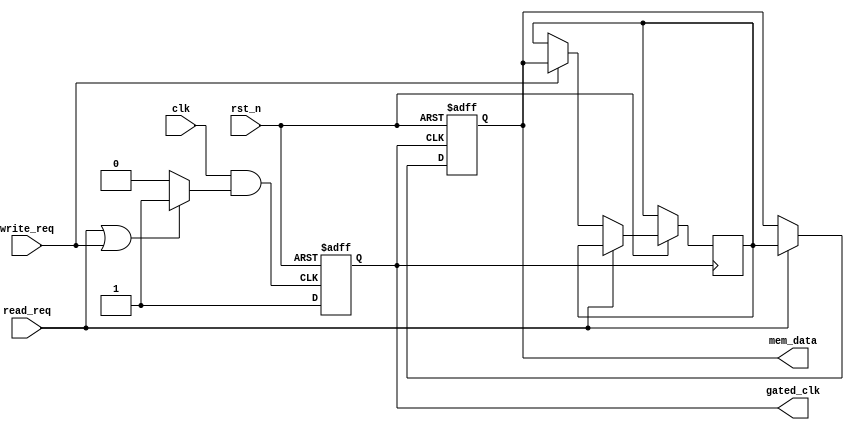
module dynamic_clock_gating (
    input wire clk,           // Master clock
    input wire rst_n,        // Active low reset
    input wire read_req,     // Read request signal
    input wire write_req,    // Write request signal
    output wire gated_clk,    // Gated clock output
    output reg [7:0] mem_data // Memory data output
);

    // Memory block declaration (simple array)
    reg [7:0] memory [0:255]; // 256 x 8-bit memory

    // Clock Gating Control Logic
    reg clk_en;
    always @(*) begin
        if (read_req || write_req) begin
            clk_en = 1'b1; // Enable clock if there is a read or write request
        end else begin
            clk_en = 1'b0; // Disable clock if idle
        end
    end

    // Clock Gating Cell
    wire gated_clk_int;
    
    // Simple gating logic using AND gate
    assign gated_clk_int = clk & clk_en;

    // Flip-flop to synchronize gated clock
    reg gated_clk_ff;
    always @(posedge gated_clk_int or negedge rst_n) begin
        if (!rst_n) begin
            gated_clk_ff <= 1'b0; // Reset gated clock flip-flop
        end else begin
            gated_clk_ff <= 1'b1; // Set gated clock flip-flop to high when gated clock is active
        end
    end

    assign gated_clk = gated_clk_ff;

    // Memory operation on gated clock
    always @(posedge gated_clk or negedge rst_n) begin
        if (!rst_n) begin
            mem_data <= 8'b0; // Clear memory data on reset
        end else if (read_req) begin
            // Read operation (example: reading from address 0)
            mem_data <= memory[0]; // Read example data for demo
        end else if (write_req) begin
            // Write operation (example: writing value to address 0)
            memory[0] <= mem_data; // Write example data for demo
        end
    end

endmodule